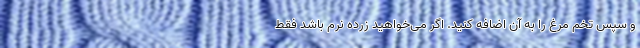
و سپس تخم مرغ را به آن اضافه کنید. اگر می‌خواهید زرده نرم باشد فقط